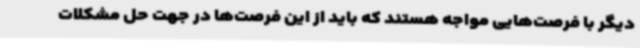
دیگر با فرصت‌هایی مواجه هستند که باید از این فرصت‌ها در جهت حل مشکلات